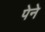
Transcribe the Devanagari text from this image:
पेने